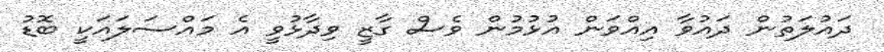
ދައުލަތުން ދައުވާ އިއްވަން އުޅުމުން ވެސް ގާޒީ ވިދާޅުވީ އެ މައްސަލައަކީ ބޮޑު